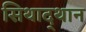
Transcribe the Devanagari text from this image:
सिथाद्थान